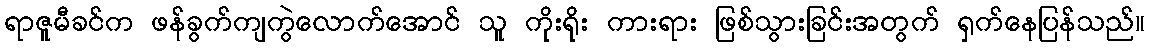
ရာဇူမီခင်က ဖန်ခွက်ကျကွဲလောက်အောင် သူ ကိုးရိုး ကားရား ဖြစ်သွားခြင်းအတွက် ရှက်နေပြန်သည်။